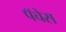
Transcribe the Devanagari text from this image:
पॅचेस